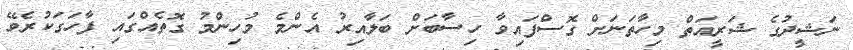
ނަޝީދުގެ ޝަރީއަތް މިހާތަނަށް ގޮސްފައިވާ ހިސާބަށް ބަލާއިރު އެންމެ މުހިންމު ގޮތެއްގައި ފާހަގަކުރެވޭ